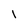
Character: l